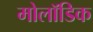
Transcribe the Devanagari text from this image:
मोलॉडिक